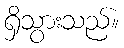
ရှိသွားသည်။